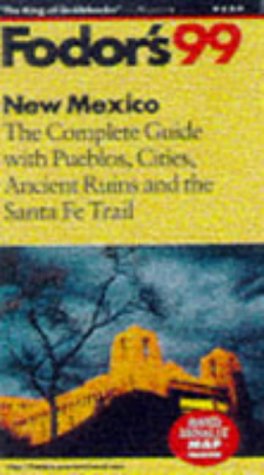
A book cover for New Mexico '99: The Complete Guide With Pueblos, Cities, Ancient Ruins and the Santa Fe Trail (Fodor's Gold Guides); Fodor's; Travel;